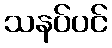
သနပ်ပင်